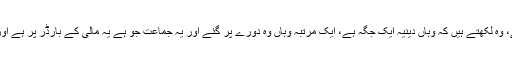
ہمارے ایک مبلغ ہیں برکینا فاسو کے، وہ لکھتے ہیں کہ وہاں دینیہ ایک جگہ ہے، ایک مرتبہ وہاں وہ دورے پر گئے اور یہ جماعت جو ہے یہ مالی کے بارڈر پر ہے اور یہاں جماعت کی کافی مخالفت ہے۔